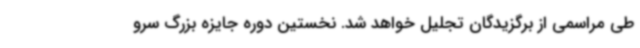
طی مراسمی از برگزیدگان تجلیل خواهد شد. نخستین دوره جایزه بزرگ سرو